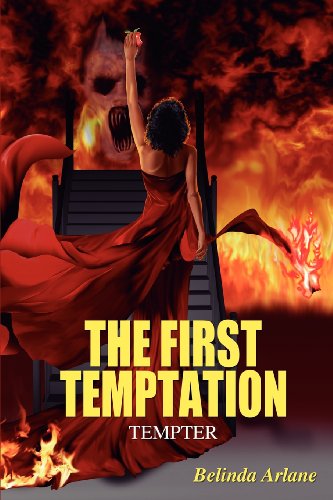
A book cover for The First Temptation: Tempter; Belinda Arlane; Literature & Fiction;